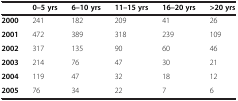
<table><thead><tr><td><b> </b></td><td><b>0–5 yrs</b></td><td><b>6–10 yrs</b></td><td><b>11–15 yrs</b></td><td><b>16–20 yrs</b></td><td><b>&gt;20 yrs</b></td></tr></thead><tbody><tr><td><b>2000</b></td><td>241</td><td>182</td><td>209</td><td>41</td><td>26</td></tr><tr><td><b>2001</b></td><td>472</td><td>389</td><td>318</td><td>239</td><td>109</td></tr><tr><td><b>2002</b></td><td>317</td><td>135</td><td>90</td><td>60</td><td>46</td></tr><tr><td><b>2003</b></td><td>214</td><td>76</td><td>47</td><td>30</td><td>21</td></tr><tr><td><b>2004</b></td><td>119</td><td>47</td><td>32</td><td>18</td><td>12</td></tr><tr><td><b>2005</b></td><td>76</td><td>34</td><td>22</td><td>7</td><td>6</td></tr></tbody></table>